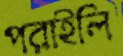
পরাইলি